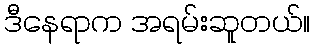
ဒီနေရာက အရမ်းဆူတယ်။